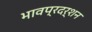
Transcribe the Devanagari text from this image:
भावप्रदर्शन